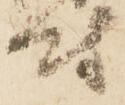
尉